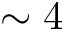
\sim 4